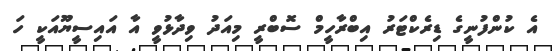
އެ ކުންފުނީގެ ޑިރެކްޓަރު އިބްރާހީމް ސޮބްރީ މިއަދު ވިދާޅުވީ އާ އައިސީޔޫއަކީ ހަ